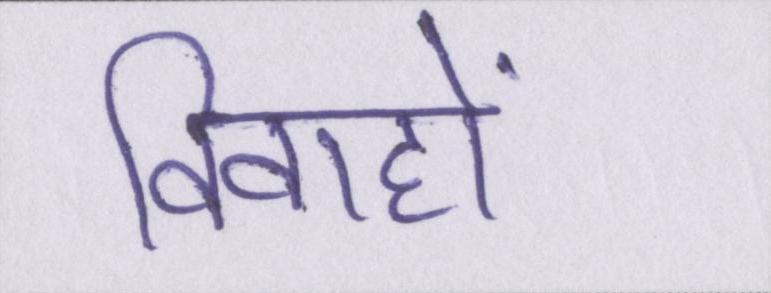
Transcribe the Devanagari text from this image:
विवाहों